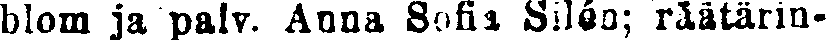
blom ja palv. Anna Sofia Silén; räätärin-